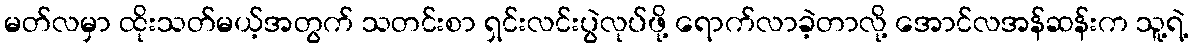
မတ်လမှာ ထိုးသတ်မယ့်အတွက် သတင်းစာ ရှင်းလင်းပွဲလုပ်ဖို့ ရောက်လာခဲ့တာလို့ အောင်လအန်ဆန်းက သူ့ရဲ့